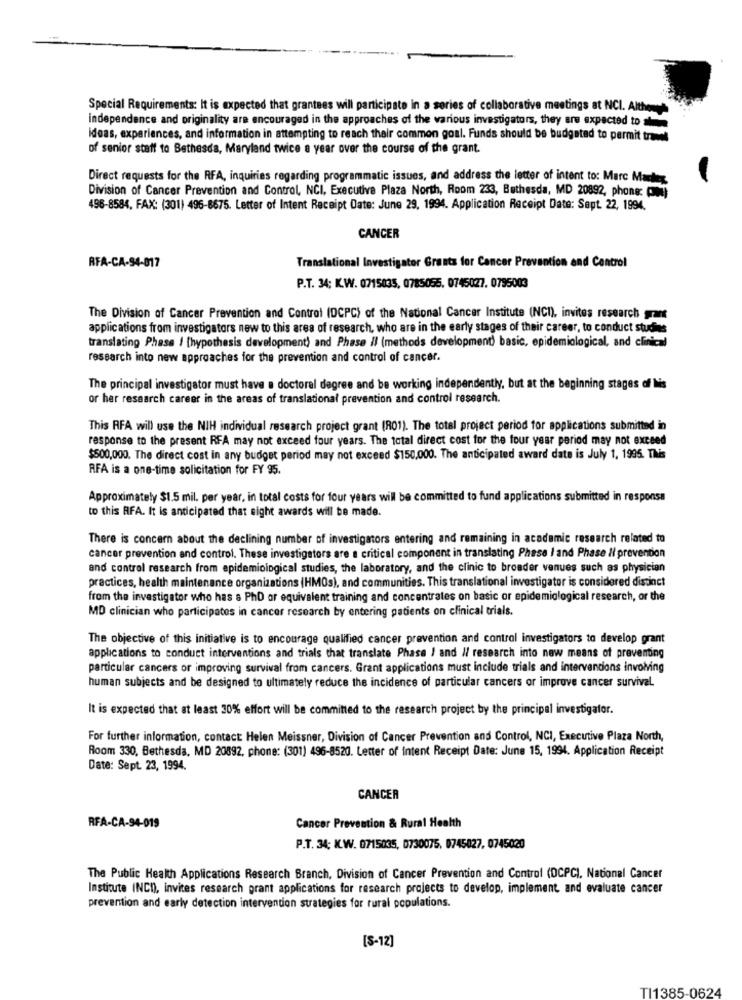
Special Requirements: It is expected that grantees will participate in a series of collaborative meetings at NCI. Althenwe
independence and originality are encouraged in the approaches of the various investigators, they are expected to
ideas, experiences, and information in attempting to reach their common goal. Funds should be budgeted to permit travel
of senior staff to Bethesda, Maryland twice a year over the course of the grant.
Direct requests for the RFA, inquiries regarding programmatic issues, and address the letter of intent to: Marc Master
Division of Cancer Prevention and Control, NCI, Executive Plaza North, Room 233, Bethesda, MD 20892, phone: (Md)
496-8584, FAX: (301) 496-8675. Letter of Intent Receipt Date: June 29, 1994. Application Receipt Date: Sept. 22, 1994.
CANCER
RFA-CA-94-017
Translational Investigator Grants for Cancer Prevention and Control
P.T. 34; K.W. 0715035, 0785055. 0745027. 0795003
The Division of Cancer Prevention and Control (DCPC) of the National Cancer Institute (NC1), invites research mart
applications from investigators new to this area of research, who are in the early stages of their career, to conduct studies
translating Phase / [hypothesis development) and Phase il (methods development) basic, epidemiological, and clinical
research into new approaches for the prevention and control of cancer.
The principal investigator must have a doctoral degree and be working independently, but at the beginning stages of Ilis
or her research career in the areas of translational prevention and control research.
This RFA will use the NIH individual research project grant (R01). The total project period for applications submitted in
response to the present RFA may not exceed four years. The total direct cost for the four year period may not exceed
$500,000. The direct cost in any budget period may not exceed $150.000. The anticipated award date is July 1, 1995. This
RFA is a one-time solicitation for FY 95.
Approximately $1.5 mil. per year, in total costs for four years will be committed to fund applications submitted in response
to this RFA. It is anticipated that night awards will be made.
There is concern about the declining number of investigators entering and remaining in academic research related to
cancer prevention and control. These investigators are a critical component in translating Phase I and Phase Il prevention
and control research from epidemiological studies, the laboratory, and the clinic to broader venues such as physician
practices, health maintenance organizations (HMOs), and communities. This translational investigator is considered distinct
from the investigator who has s PhD or equivalent training and concentrates on basic or epidemiological research, or the
MD clinician who participates in cancer research by entering patients on clinical trials.
The objective of this initiative is to encourage qualified cancer prevention and control investigators to develop grant
applications to conduct interventions and trials that translate Phase / and // research into new means of preventing
particular cancers or improving survival from cancers. Grant applications must include trials and interventions involving
human subjects and be designed to ultimately reduce the incidence of particular cancers or improve cancer survival.
It is expected that at least 30% effort will be committed to the research project by the principal investigator.
For further information, contact: Helen Meissner, Division of Cancer Prevention and Control, NCI, Executive Plaza North,
Room 330, Bethesda, MD 20892, phone: (301) 496-8520. Letter of Intent Receipt Date: June 15, 1994. Application Receipt
Date: Sept. 23, 1994.
CANCER
RFA-CA-94-019
Cancer Prevention & Rural Health
P.T. 34; K.W. 0715035, 0730075, 0745027, 0745029
The Public Health Applications Research Branch, Division of Cancer Prevention and Control (DCPCI. National Cancer
Institute INCD), invites research grant applications for research projects to develop, implement, and evaluate cancer
prevention and early detection intervention strategies for rural populations.
[S-12]
TI1385-0624